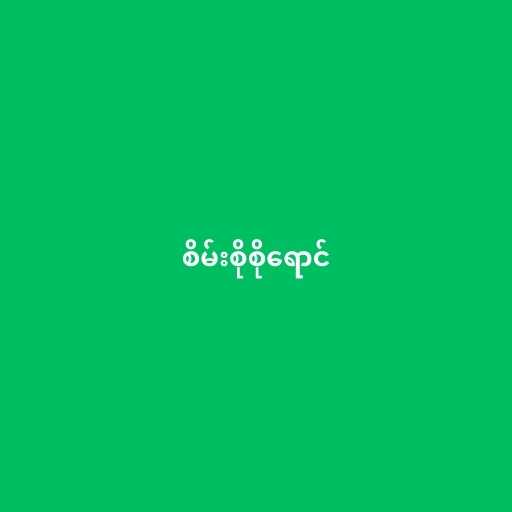
စိမ်းစိုစိုရောင်